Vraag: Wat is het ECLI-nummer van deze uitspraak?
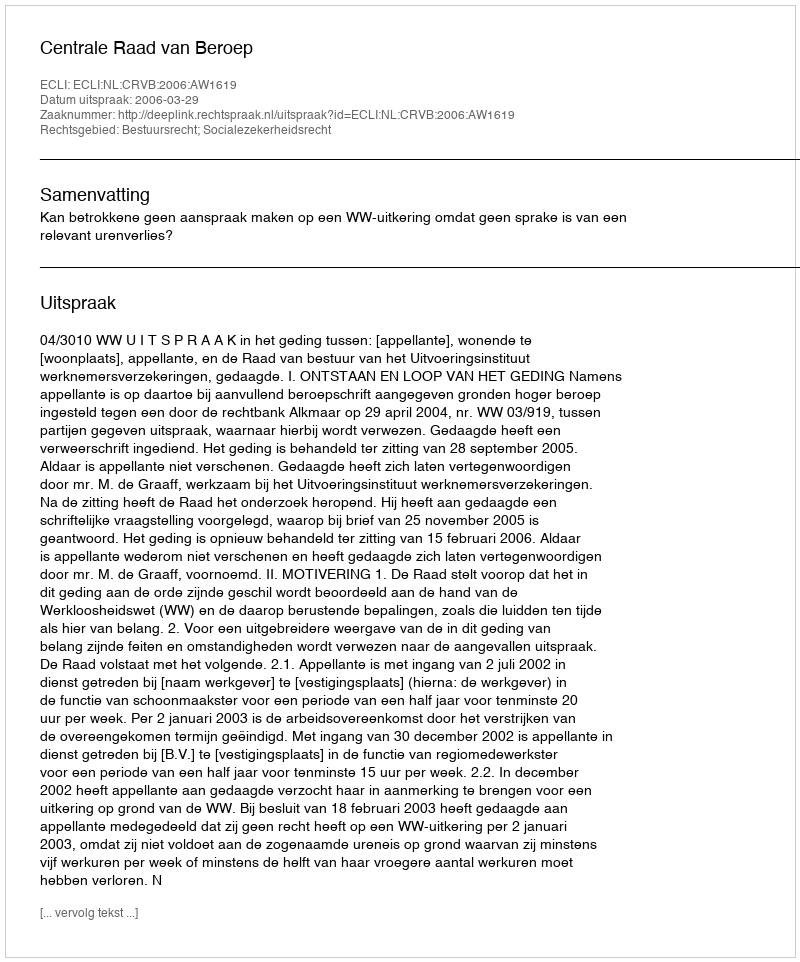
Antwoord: ECLI:NL:CRVB:2006:AW1619